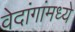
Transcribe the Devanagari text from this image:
वेदांगांमध्ये